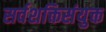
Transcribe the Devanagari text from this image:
सर्वशक्तिसंयुक्त